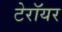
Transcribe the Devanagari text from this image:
टेरॉयर